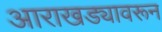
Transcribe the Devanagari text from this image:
आराखड्यावरून